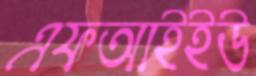
এফআইইউ